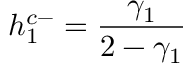
h _ { 1 } ^ { c - } = \frac { \gamma _ { 1 } } { 2 - \gamma _ { 1 } }